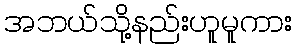
အဘယ်သို့နည်းဟူမူကား